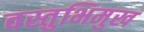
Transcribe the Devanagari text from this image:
वस्तुभिमुख